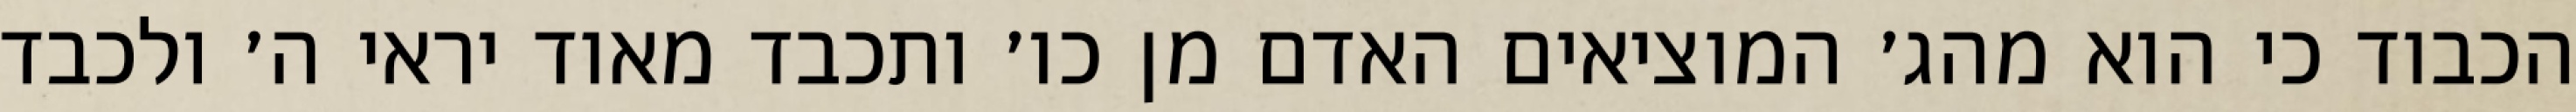
הכבוד כי הוא מהג׳ המוציאים האדם מן כו׳ ותכבד מאוד יראי ה׳ ולכבד